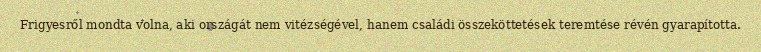
Frigyesről mondta volna, aki országát nem vitézségével, hanem családi összeköttetések teremtése révén gyarapította.